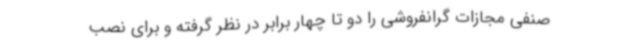
صنفی مجازات گرانفروشی را دو تا چهار برابر در نظر گرفته و برای نصب